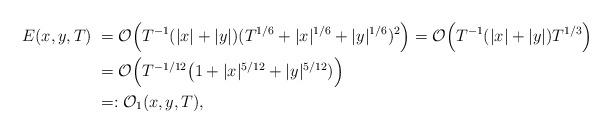
LaTeX: \begin{align*}E(x,y,T)\; =\; &\mathcal{O}\Big(T^{-1} (|x|+|y|)(T^{1/6}+|x|^{1/6}+|y|^{1/6})^2\Big)=\mathcal{O}\Big( T^{-1}(|x|+|y|)T^{1/3}\Big)\\ =\; &\mathcal{O}\Big( T^{-1/12}\big(1+|x|^{5/12}+|y|^{5/12})\Big)\\=:&\;\mathcal{O}_1(x,y,T),\end{align*}